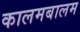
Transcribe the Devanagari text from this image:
कालमबालम